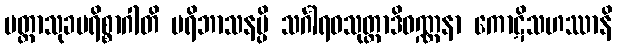
မတ္တာသုခပရိစ္စာဂါတိ ပရိဘာသနမ္ပိ သင်္ဂါရဝသုတ္တာဒိဝဏ္ဏနာ ကောဋိသဟဿာနိ